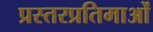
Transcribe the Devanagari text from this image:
प्रस्तरप्रतिमाओं